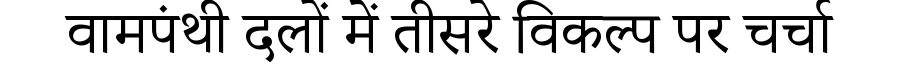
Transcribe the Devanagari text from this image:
वामपंथी दलों में तीसरे विकल्प पर चर्चा